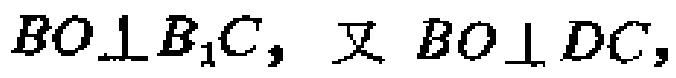
$BO\perp B_{1}C，又BO\perp DC，$